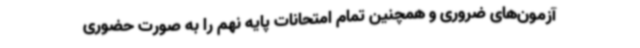
آزمون‌های ضروری و همچنین تمام امتحانات پایه نهم را به صورت حضوری